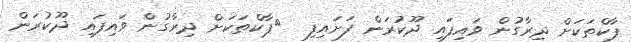
ޕާކްތަކަށް ދިރާގުން ވައިފައި ދޫކުރަން ފަށައިފި  	ޕާކްތަކަށް ދިރާގުން ވައިފައި ދޫކުރަން